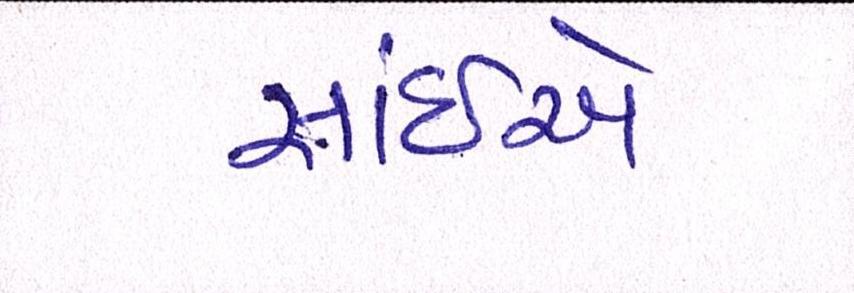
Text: સાંઈએ